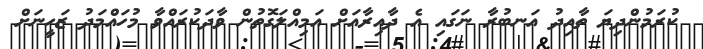
ކުރަމުންދިޔަ ތާއިދު އަނބުރާ ނަގައި އެ ދާއިރާއަށް އަމިއްލަގޮތުން ވާދަކުރައްވާ މުހައްމަދު ޒަހީނަށް